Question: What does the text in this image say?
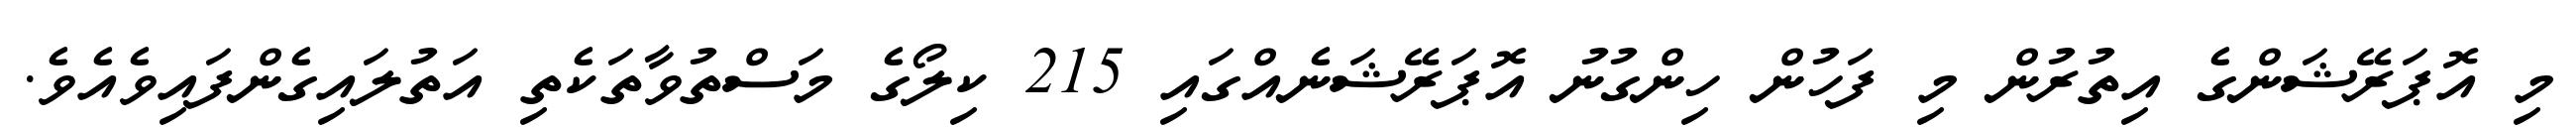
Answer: މި އޮޕަރޭޝަންގެ އިތުރުން މި ފަހުން ހިންގުނު އޮޕަރޭޝަނެއްގައި 215 ކިލޯގެ މަސްތުވާތަކެތި އަތުލައިގެންފައިވެއެވެ.